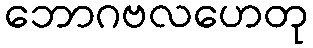
ဘောဂဗလဟေတု